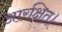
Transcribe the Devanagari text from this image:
आरक्षित।